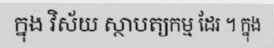
ក្នុង វិស័យ ស្ថាបត្យកម្ម ដែរ ។ ក្នុង